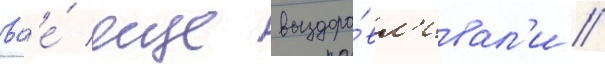
вс'е́ еще выздора́вл'ивал'и //